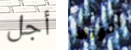
أجل أدولف